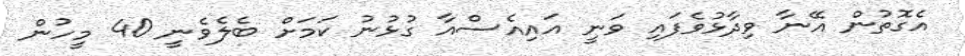
އެގޮތުން އޭނާ ވިދާޅުވެފައި ވަނީ އައިއެސްއާ ގުޅުނު ކަމަށް ބެލެވެނީ 40 މީހުން